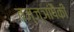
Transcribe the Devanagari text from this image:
तज्‍ज्ञांपैकी